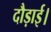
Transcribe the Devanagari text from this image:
दौड़ाई।